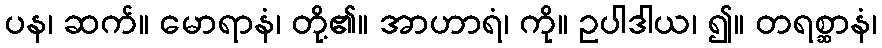
ပန၊ ဆက်။ မောရာနံ၊ တို့၏။ အာဟာရံ၊ ကို။ ဥပါဒါယ၊ ၍။ တရစ္ဆာနံ၊